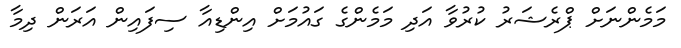
މަމެންނަށް ޕްރެޝަރު ކުރުވާ އަދި މަމެންގެ ގައުމަށް އިންޑިއާ ސިފައިން އަރަން ދިމާ